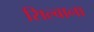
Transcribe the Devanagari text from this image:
सिल्वाना